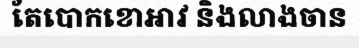
តែបោកខោអាវ និងលាងចាន